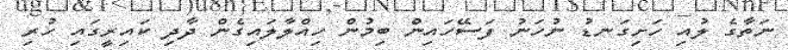
ނަތާގެ ލުއި ހަށިގަނޑު ނުހަނު ފަސޭހައިން ބިމުން ހިއްލާލައިގެން ދާދި ކައިރީގައި ހުރި